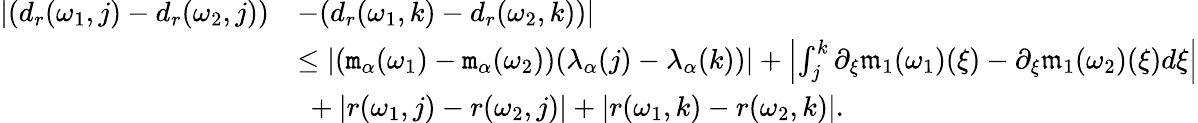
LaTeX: \begin{array}{rl}{|(d_{r}(\omega_{1},j)-d_{r}(\omega_{2},j))}&{-(d_{r}(\omega_{1},k)-d_{r}(\omega_{2},k))|}\\ &{\le|(\mathtt{m}_{\alpha}(\omega_{1})-\mathtt{m}_{\alpha}(\omega_{2}))(\lambda_{\alpha}(j)-\lambda_{\alpha}(k))|+\left|\int_{j}^{k}\partial_{\xi}\mathfrak{m}_{1}(\omega_{1})(\xi)-\partial_{\xi}\mathfrak{m}_{1}(\omega_{2})(\xi)d\xi\right|}\\ &{\ +|r(\omega_{1},j)-r(\omega_{2},j)|+|r(\omega_{1},k)-r(\omega_{2},k)|.}\end{array}